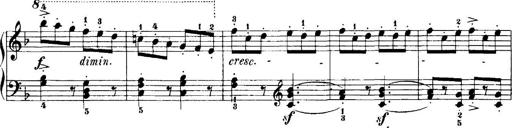
Title: 7 Sonatinas
Composer: Anton Diabelli